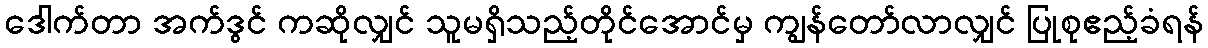
ဒေါက်တာ အက်ဒွင် ကဆိုလျှင် သူမရှိသည့်တိုင်အောင်မှ ကျွန်တော်လာလျှင် ပြုစုဧည့်ခံရန်